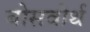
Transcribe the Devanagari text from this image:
बोसवोर्थ